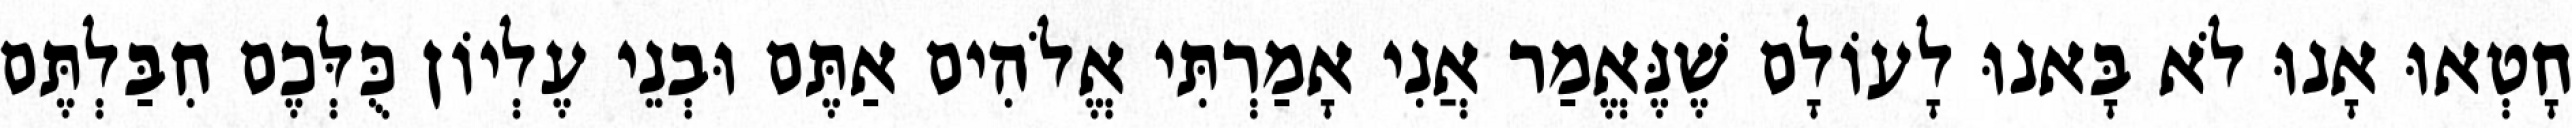
חָטְאוּ אָנוּ לֹא בָּאנוּ לָעוֹלָם שֶׁנֶּאֱמַר אֲנִי אָמַרְתִּי אֱלֹהִים אַתֶּם וּבְנֵי עֶלְיוֹן כֻּלְּכֶם חִבַּלְתֶּם